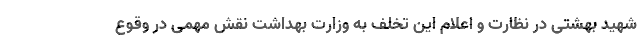
شهید بهشتی در نظارت و اعلام این تخلف به وزارت بهداشت نقش مهمی در وقوع